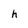
Character: h